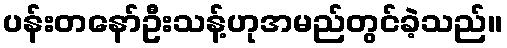
ပန်းတနော်ဦးသန့်ဟုအမည်တွင်ခဲ့သည်။